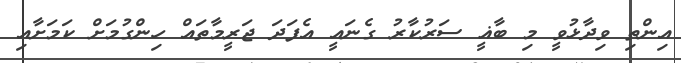
އިންތި ވިދާޅުވީ މި ބާޣީ ސަރުކާރު ގެނައީ އެފަދަ ޖަރީމާތައް ހިންގުމަށް ކަމަށާއި